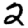
Digit: 2